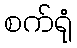
စက်ရုံ